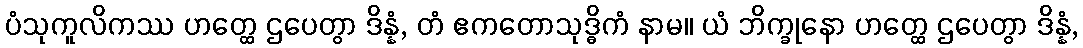
ပံသုကူလိကဿ ဟတ္ထေ ဌပေတွာ ဒိန္နံ, တံ ဧကတောသုဒ္ဓိကံ နာမ။ ယံ ဘိက္ခုနော ဟတ္ထေ ဌပေတွာ ဒိန္နံ,